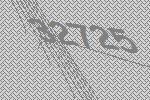
32725